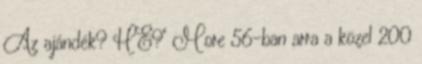
Az ajándék? HE?" More 56-ban arra a közel 200